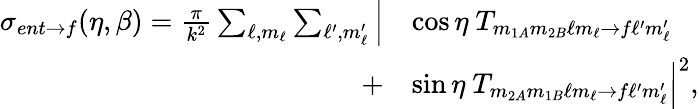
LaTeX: \begin{array}{rl}{\sigma_{ent\rightarrow f}(\eta,\beta)=\frac{\pi}{k^{2}}\sum_{\ell,m_{\ell}}\sum_{\ell^{\prime},m_{\ell}^{\prime}}\Big|}&{\cos\eta\ T_{m_{1A}m_{2B}\ell m_{\ell}\rightarrow f\ell^{\prime}m_{\ell}^{\prime}}}\\ {+}&{\sin\eta\ T_{m_{2A}m_{1B}\ell m_{\ell}\rightarrow f\ell^{\prime}m_{\ell}^{\prime}}\Big|^{2},}\end{array}